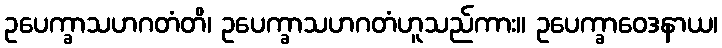
ဥပေက္ခာသဟဂတံတိ၊ ဥပေက္ခာသဟဂတံဟူသည်ကား။ ဥပေက္ခာဝေဒနာယ၊